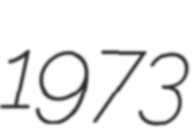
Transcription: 1973